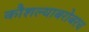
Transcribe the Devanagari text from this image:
कौशल्याबरोबरच